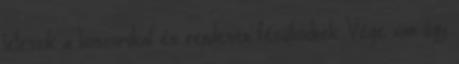
leteszik a koszorúkat és rendesen fésülködnek. Vége van úgy